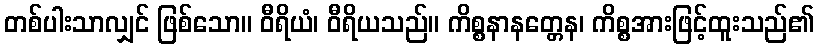
တစ်ပါးသာလျှင် ဖြစ်သော။ ဝီရိယံ၊ ဝီရိယသည်။ ကိစ္စနာနတ္တေန၊ ကိစ္စအားဖြင့်ထူးသည်၏